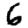
Digit: 6